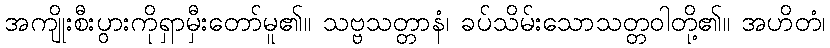
အကျိုးစီးပွားကိုရှာမှီးတော်မူ၏။ သဗ္ဗသတ္တာနံ၊ ခပ်သိမ်းသောသတ္တဝါတို့၏။ အဟိတံ၊